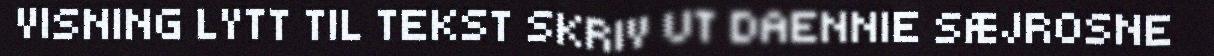
VISNING LYTT TIL TEKST SKRIV UT DAENNIE SÆJROSNE